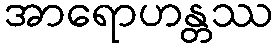
အာရောဟန္တဿ